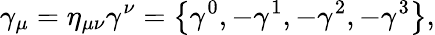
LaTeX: \gamma_{\mu}=\eta_{\mu\nu}\gamma^{\nu}=\left\{ \gamma^{0},-\gamma^{1},-\gamma^{2},-\gamma^{3}\right\} ,